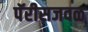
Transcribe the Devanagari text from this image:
पॅरीसजवळ